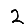
Digit: 2